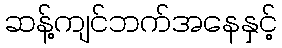
ဆန့်ကျင်ဘက်အနေနှင့်